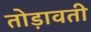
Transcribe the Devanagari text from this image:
तोड़ावती